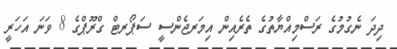
ދިދަ ނެގުމުގެ ރަސްމިއްޔާތުގެ ތެރެއިން އިމަރޖެންސީ ސަޕޯރޓް ގްރޫޕްގެ 8 ވަނަ އަހަރީ